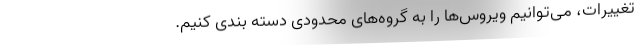
تغییرات، می‌توانیم ویروس‌ها را به گروه‌های محدودی دسته بندی کنیم.